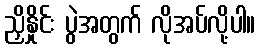
ညှိနှိုင်း ပွဲအတွက် လိုအပ်လို့ပါ။